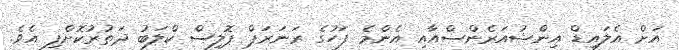
އަށް އެލައިޑް އިންޝުއަރެންސްއާއި އެންމެ ފަހުގެ ރަނަރަޕް ޕޮލިސް ކްލަބު ދަތުރުކޮށްފި އެވެ.